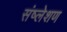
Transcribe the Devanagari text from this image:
संष्लेशण